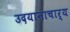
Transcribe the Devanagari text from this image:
उदयानाचार्य